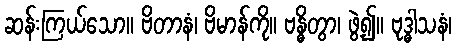
ဆန်းကြယ်သော။ ဗိတာနံ၊ ဗိမာန်ကို။ ဗန္ဓိတွာ၊ ဖွဲ့၍။ ဗုဒ္ဓါသနံ၊